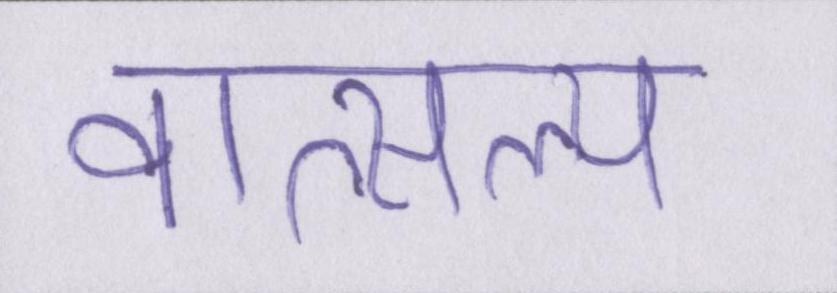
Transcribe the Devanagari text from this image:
वात्सल्य